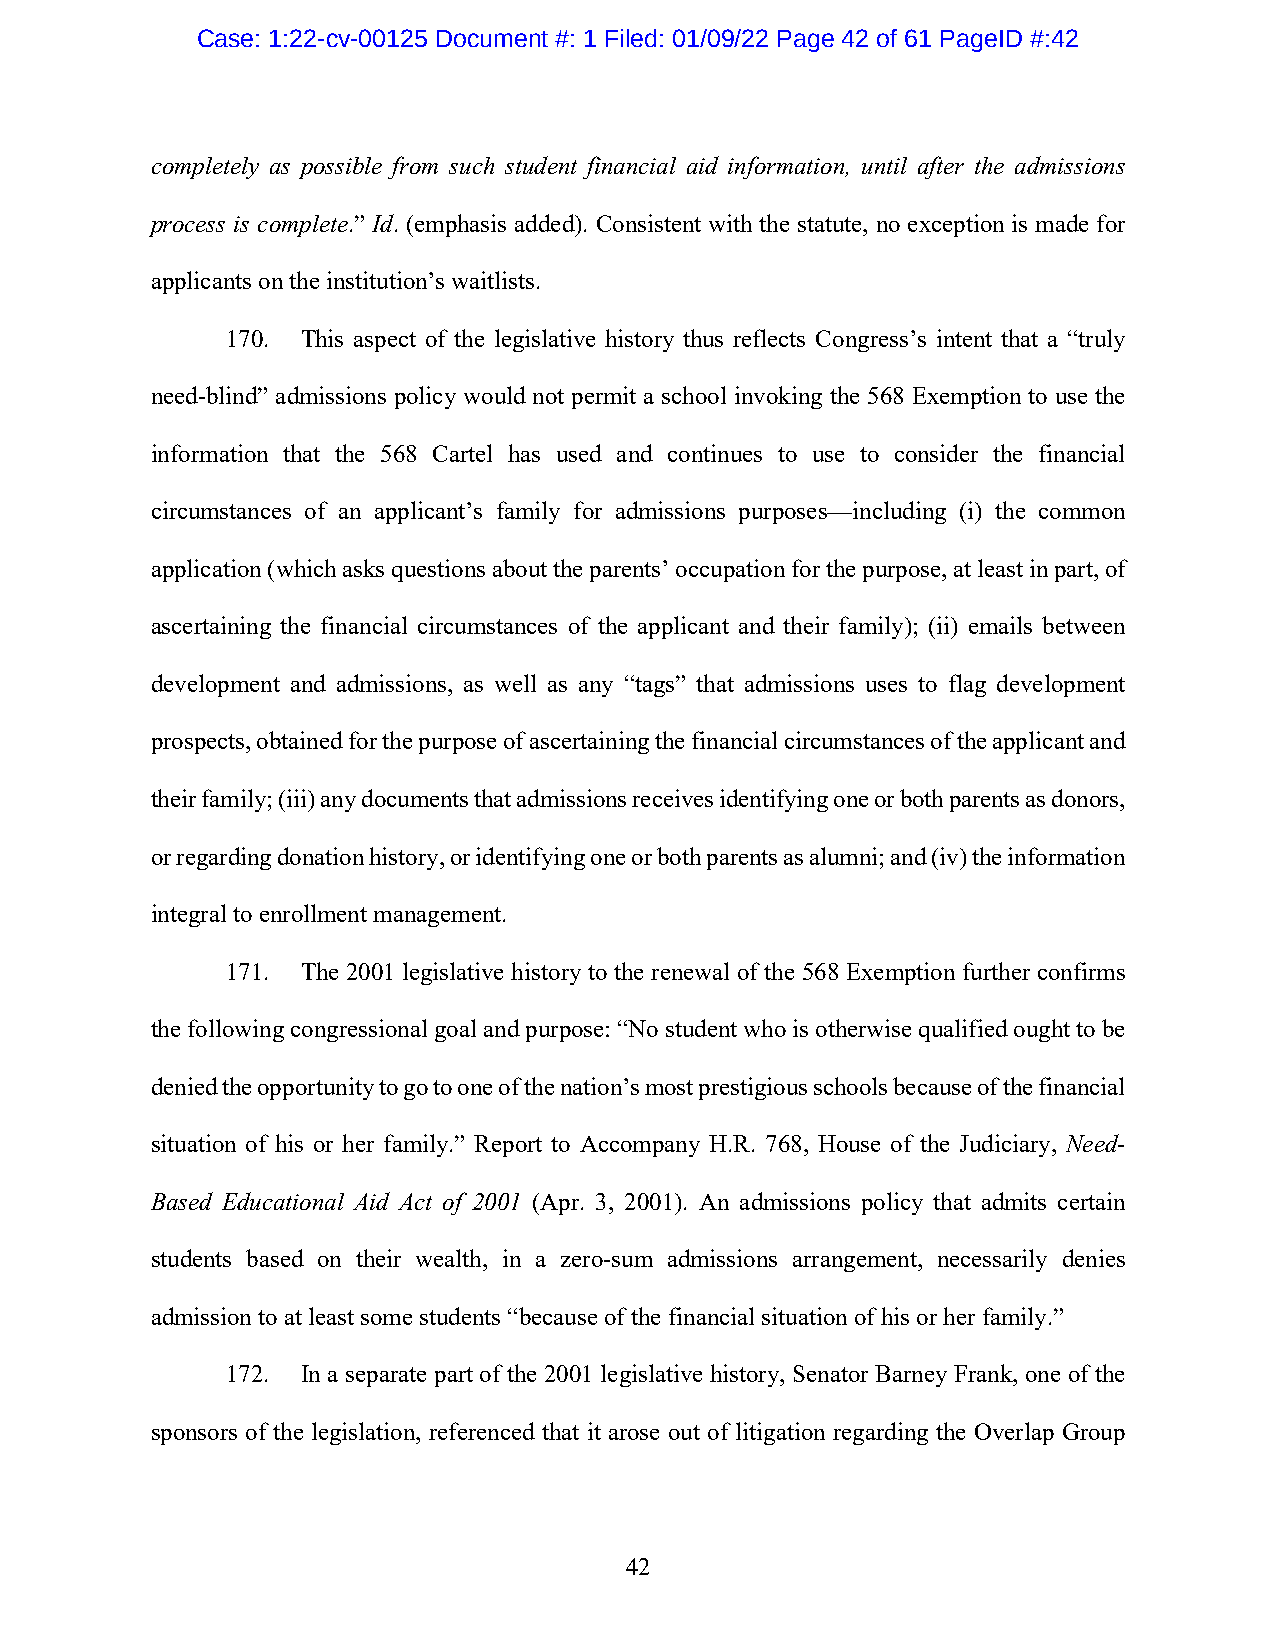
Case: 1:22-cv-00125 Document #: 1 Filed: 01/09/22 Page 42 of 61 PageID #:42
 completely as possible from such student financial aid information, until after the admissions
 process is complete.” Id. (emphasis added). Consistent with the statute, no exception is made for
 applicants on the institution’s waitlists.
 170. This aspect of the legislative history thus reflects Congress’s intent that a “truly
 need-blind” admissions policy would not permit a school invoking the 568 Exemption to use the
 information that the 568 Cartel has used and continues to use to consider the financial
 circumstances of an applicant’s family for admissions purposes—including (i) the common
 application (which asks questions about the parents’ occupation for the purpose, at least in part, of
 ascertaining the financial circumstances of the applicant and their family); (ii) emails between
 development and admissions, as well as any “tags” that admissions uses to flag development
 prospects, obtained for the purpose of ascertaining the financial circumstances of the applicant and
 their family; (iii) any documents that admissions receives identifying one or both parents as donors,
 or regarding donation history, or identifying one or both parents as alumni; and (iv) the information
 integral to enrollment management.
 171. The 2001 legislative history to the renewal of the 568 Exemption further confirms
 the following congressional goal and purpose: “No student who is otherwise qualified ought to be
 denied the opportunity to go to one of the nation’s most prestigious schools because of the financial
 situation of his or her family.” Report to Accompany H.R. 768, House of the Judiciary, Need-
 Based Educational Aid Act of 2001 (Apr. 3, 2001). An admissions policy that admits certain
 students based on their wealth, in a zero-sum admissions arrangement, necessarily denies
 admission to at least some students “because of the financial situation of his or her family.”
 172. In a separate part of the 2001 legislative history, Senator Barney Frank, one of the
 sponsors of the legislation, referenced that it arose out of litigation regarding the Overlap Group
 42